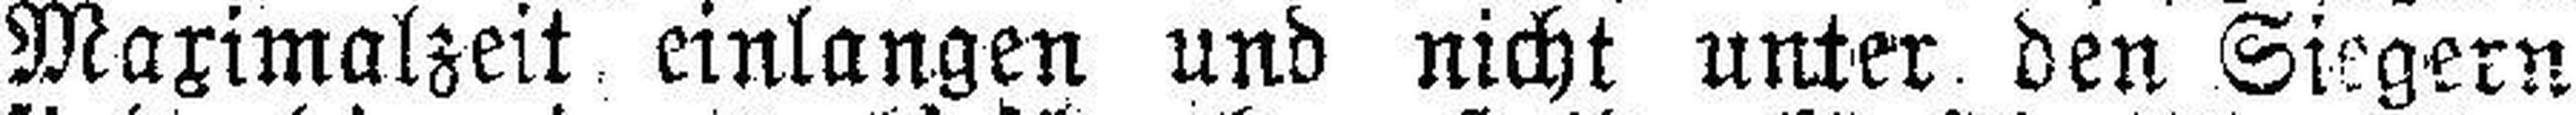
Maximalzeit einlangen und nicht unter den Siegern